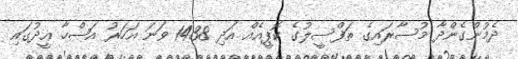
ދެމުންގެންދާ މުސާރައިގެ ތަފްސީލުގެ ކޮޕީއެއް އަދި 1438 ވަނަ އަހަރު އަޟްހާ ޢީދުގައި